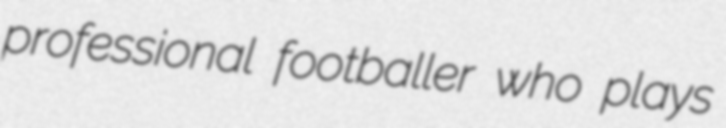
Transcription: professional footballer who plays